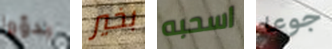
بدؤوا بخير اسحبه جوعا